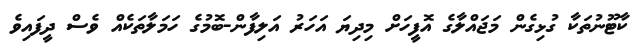
ކާޓޫނުތަކާ ގުޅިގެން މަޖައްލާގެ އޮފީހަށް މިދިޔަ އަހަރު އަލިފާން-ބޮމުގެ ހަމަލާތަކެއް ވެސް ދީފައިވެ